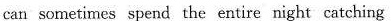
can sometimes spend the entire night catching